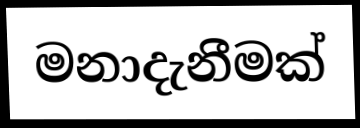
මනාදැනීමක්